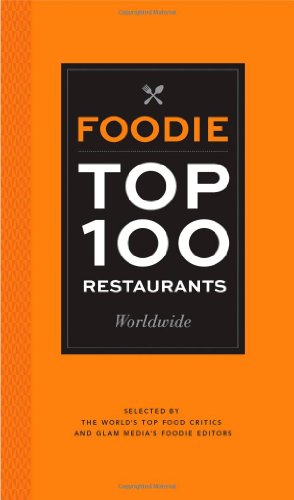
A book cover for Foodie Top 100 Restaurants Worldwide: Selected by the World's Top Food Critics and Glam Media's Foodie Editors; Glam Media; Travel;